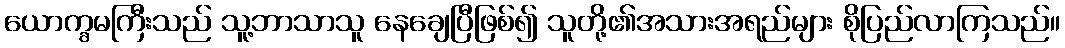
ယောက္ခမကြီးသည် သူ့ဘာသာသူ နေချေပြီဖြစ်၍ သူတို့၏အသားအရည်များ စိုပြည်လာကြသည်။